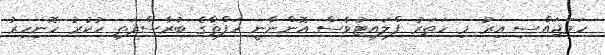
ހަމަޖައްސި އިރު މި ހަތަރު ފްލައިޓުވެސް އޮންނާނީ ހަފްތާގެ ބުރާސްފަތި ހުކުރު ހޮނިހިރު